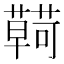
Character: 𮒠